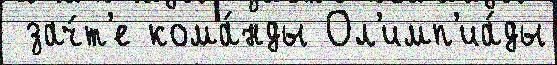
 зач́т'е кома́нды Ол'имп'иа́ды